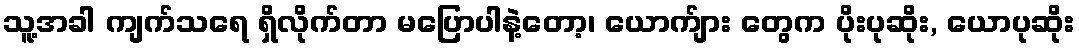
သူ့အခါ ကျက်သရေ ရှိလိုက်တာ မပြောပါနဲ့တော့၊ ယောက်ျား တွေက ပိုးပုဆိုး, ယောပုဆိုး